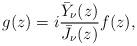
LaTeX: \begin{align*}g(z)=i\frac{\bar Y_{\nu}(z)}{\bar J_{\nu}(z)}f(z),\end{align*}